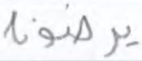
يرضونه